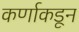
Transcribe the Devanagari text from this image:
कर्णाकडून